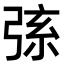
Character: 𢏸